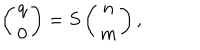
\left( \begin{array} { c } { { q } } \\ { { 0 } } \\ \end{array} \right) = S \left( \begin{array} { c } { { n } } \\ { { m } } \\ \end{array} \right) ,